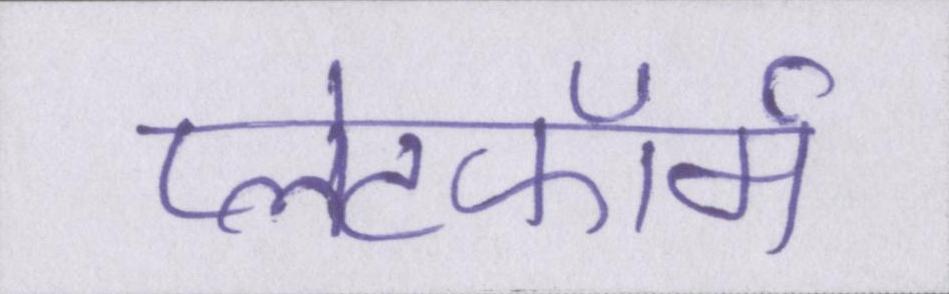
प्लेटफॉर्म